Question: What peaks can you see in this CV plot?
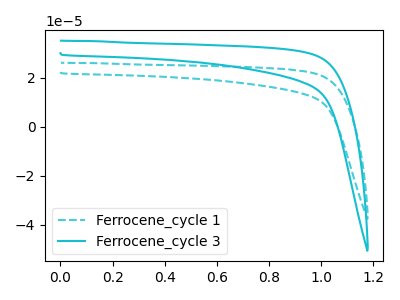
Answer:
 <answer>The cyan dashed curve "Ferrocene_cycle 1" has no peaks. The cyan curve "Ferrocene_cycle 3" has no peaks.</answer>
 <eval></eval>